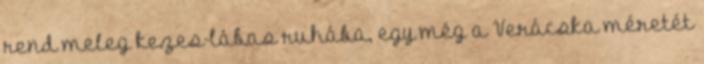
rend meleg kezes-lábas ruhába, egy még a Verácska méretét